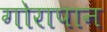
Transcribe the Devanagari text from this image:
गोरापान